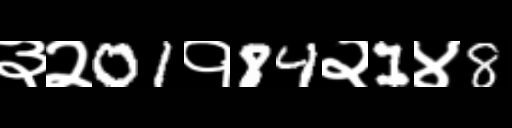
Text: ३२01१84२1४8